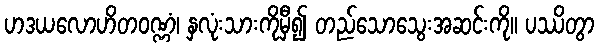
ဟဒယလောဟိတဝဏ္ဏံ၊ နှလုံးသားကိုမှီ၍ တည်သောသွေးအဆင်းကို။ ပဿိတွာ